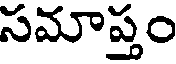
సమాప్తం